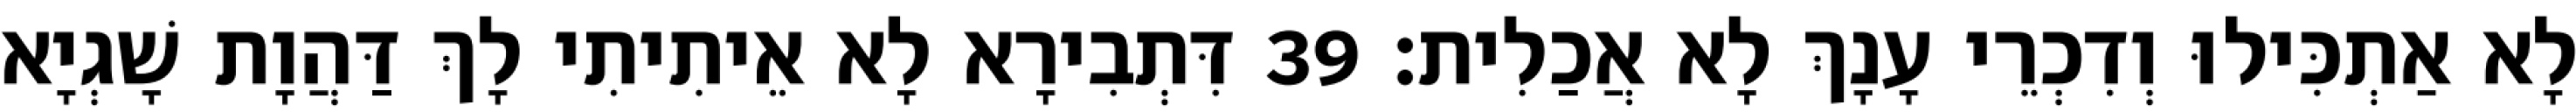
לָא אַתְכִּילוּ וְדִכְרֵי עָנָךְ לָא אֲכַלִית׃ 39 דִּתְבִירָא לָא אֵיתִיתִי לָךְ דַּהֲוָת שָׁגְיָא